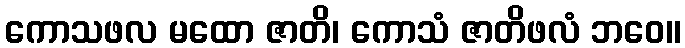
ကောသဖလ မထော ဇာတိ၊ ကောသံ ဇာတိဖလံ ဘဝေ။